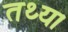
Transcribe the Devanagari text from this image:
तथ्य।